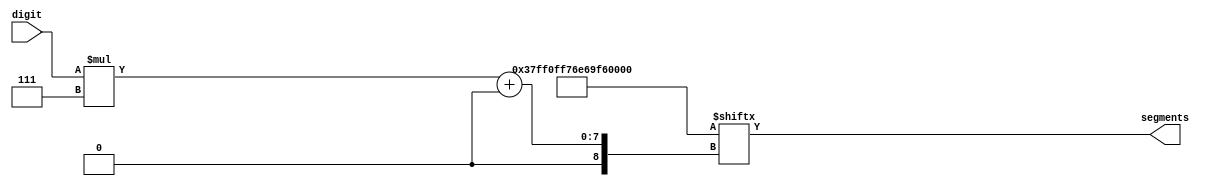
`default_nettype none

module seg_magic (
    input wire [3:0] digit,
    output wire [6:0] segments
);

    wire [69:0] segdata = 70'h37ff0ff76e69f6c33f;
    assign segments = segdata[digit*7 +: 7];

endmodule